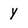
Character: y